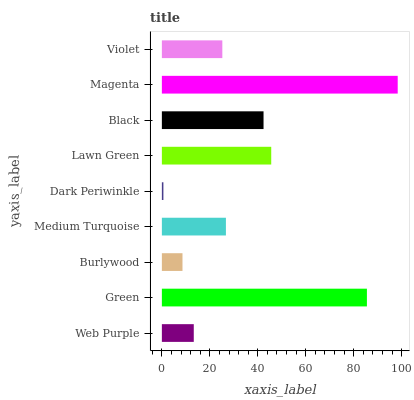
| yaxis_label | bars |
 | --- | --- |
 | Web Purple | 13.3 |
 | Green | 85.5 |
 | Burlywood | 8.6 |
 | Medium Turquoise | 26.7 |
 | Dark Periwinkle | 0.644 |
 | Lawn Green | 45.6 |
 | Black | 42.4 |
 | Magenta | 98.3 |
 | Violet | 25.2 |